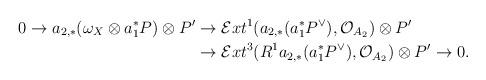
LaTeX: \begin{align*}0\to a_{2,*}(\omega_X\otimes a_1^*P)\otimes P' & \to \mathcal{E}xt^1(a_{2,*}(a_1^*P^{\vee}),\mathcal{O}_{A_2})\otimes P' \\& \to\mathcal{E}xt^3(R^1a_{2,*}(a_1^*P^{\vee}),\mathcal{O}_{A_2})\otimes P'\to 0.\end{align*}